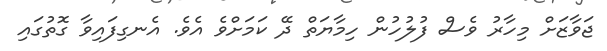
ޖަވާޒަށް މިހާރު ވެސް ފުލުހުން ހިމާޔަތް ދޭ ކަމަށްވެ އެވެ. އެނގިފައިވާ ގޮތުގައި